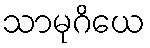
သာမုဂိယေ